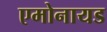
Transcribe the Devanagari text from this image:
एमोनायड